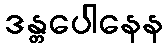
ဒန္တပေါနေန